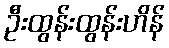
ဦးထွန်းထွန်းဟိန်